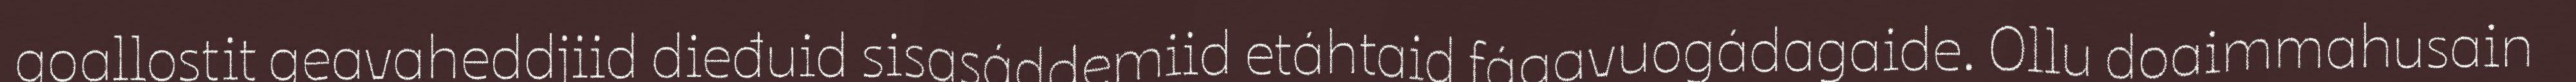
goallostit geavaheddjiid dieđuid sisasáddemiid etáhtaid fágavuogádagaide. Ollu doaimmahusain